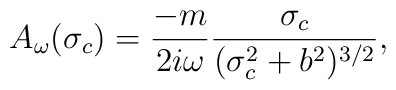
A_\omega (\sigma_c)=\frac{-m}{2i\omega}\frac{\sigma_c}{(\sigma^2_c+b^2)^{3/2}},